Annual administration report of the Bombay Presidency - 1887-1892
Year: 1887
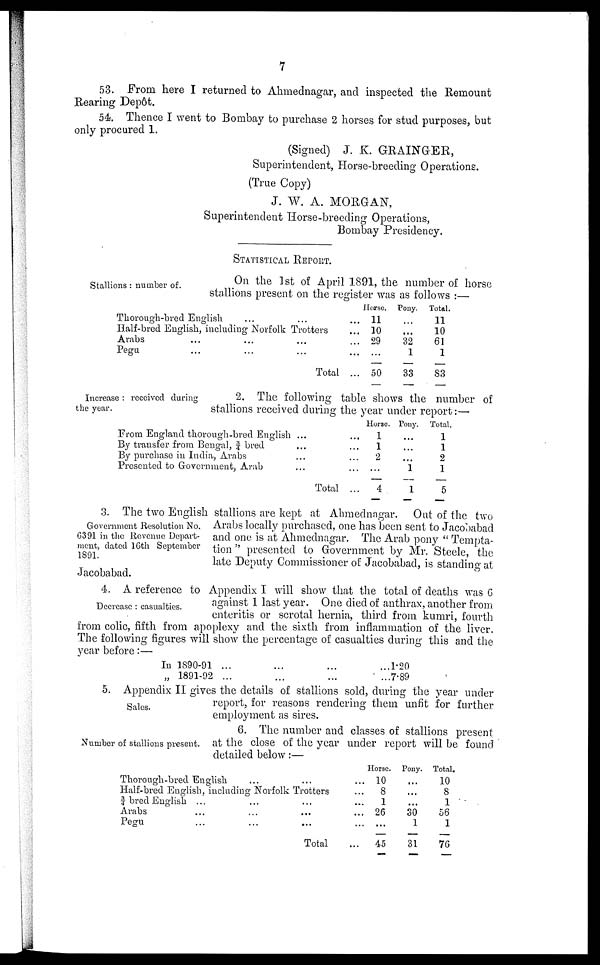
7
53. From here I returned to Ahmednagar, and inspected the Remount
Rearing Depôt.
54. Thence I went to Bombay to purchase 2 horses for stud purposes, but
only procured 1.
(Signed) J. K. GRAINGER,
Superintendent, Horse-breeding Operations.
(True Copy)
J. W. A. MORGAN,
Superintendent Horse-breeding Operations,
Bombay Presidency.
STATISTICAL REPORT.
Stallions: number of.
On the 1st of April 1891, the number of horse
stallions present on the register was as follows:—
Thorough-bred English ... ... ...
Half-bred English, including Norfolk Trotters ...
Arabs ... ... ... ...
Pegu ... ... ... ...
Total ...
Horse
11
10
29
...
50
Pony.
...
...
32
1
33
Total.
11
10
61
1
83
Increase: received during
the year.
2. The following table shows the number of
stallions received during the year under report:—
From England thorough-bred English ...
By transfer from Bengal, 3/4 bred ...
By purchase in India, Arabs ...
Presented to Government, Arab ...
Total ... ...
Horse.
1
1
2
...
4
Pony.
...
...
...
1
1
Total.
1
1
2
1
5
Government Resolution No.
6391 in the Revenue Depart-
ment, dated 16th September
1891.
3. The two English stallions are kept at Ahmednagar. Out of the two
Arabs locally purchased, one has been sent to Jacobabad
and one is at Ahmednagar. The Arab pony "Tempta-
tion" presented to Government by Mr. Steele, the
late Deputy Commissioner of Jacobabad, is standing at
Jacobabad.
Decrease: casualties.
4. A reference to Appendix I will show that the total of deaths was 6
against 1 last year. One died of anthrax, another from
enteritis or scrotal hernia, third from kumri, fourth
from colic, fifth from apoplexy and the sixth from inflammation of the liver.
The following figures will show the percentage of casualties during this and the
year before:—
In 1890-91 ... ... ...
„ 1891-92 ... ... ...
1.20
7.89
Sales.
5. Appendix II gives the details of stallions sold, during the year under
report, for reasons rendering them unfit for further
employment as sires.
Number of stallions present.
6. The number and classes of stallions present
at the close of the year under report will be found
detailed below:—
Thorough-bred English ... ... ...
Half-bred English, including Norfolk Trotters ...
3/4 bred English ... ... ... ...
Arabs ... ... ... ...
Pegu ... ... ... ...
Total ...
Horse.
10
8
1
26
...
45
Pony.
...
...
...
30
1
31
Total.
10
8
1
56
1
76